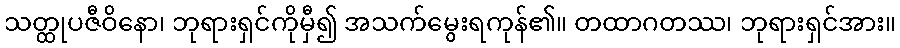
သတ္ထုပဇီဝိနော၊ ဘုရားရှင်ကိုမှီ၍ အသက်မွေးရကုန်၏။ တထာဂတဿ၊ ဘုရားရှင်အား။